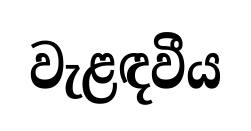
වැළඳවීය